Vaccination in Bombay 1913-1923 - 1913-1923
Year: 1913
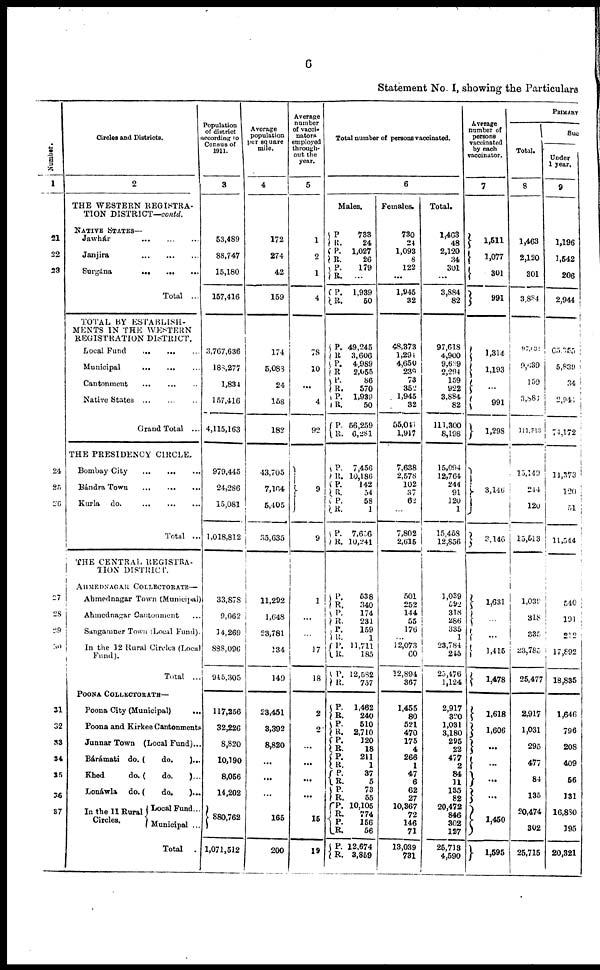
6
Statement No. I, showing the Particulars
Number.
1
21
22
23
24
25
26
27
28
29
30
31
32
33
34
35
36
37
Circles and Districts.
2
THE WESTERN REGISTRA¬
TION DISTRICT—contd.
Jawhár
...
...
...
Janjira
...
...
...
Surgána
...
...
...
Total ...
TOTAL BY ESTABLISH¬
MENTS IN THE WESTERN
REGISTRATION DISTRICT.
Local Fund
...
...
...
Municipal
...
...
...
Cantonment
...
...
...
Native States ...
Grand Total ...
THE PRESIDENCY CIRCLE.
Bombay City
...
...
...
Bándra Town
...
...
...
Kurla
do.
...
...
...
Total ...
THE CENTRAL REGISTRA-
TION DISTRICT.
AHMEDNAGAR COLLECTORATE—
Ahmednagar Town (Municipal)
Ahmednagar Cantonment ...
Sangamner Town (Local Fund).
In the 12 Rural Circles (Local
Fund).
Total ...
POONA COLLECTORATE—
Poona City (Municipal)
...
Poona and Kirkee Cantonments ...
Junnar Town (Local Fund)...
Bárámati do. (
do.
)...
Khed
do. (
do.
)...
Lonáwla
do. (
do.
)...
In the 11 Rural
Circles.
Local Fund...
Municipal ...
Total .
Population
of district
according to
Census of
1911.
3
53,489
88,747
15,180
157,416
3,767,636
188,277
1,834
1 57,416
4,115,163
979,445
24,286
15,081
1,018,812
33,878
9,062
14,269
888,096
945,305
117,256
32,226
8,820
10,190
8,056
14,202
880,762
1,071,512
Average
population
per square
mile.
4
172
274
42
159
174
5,083
24
158
182
43,705
7,164
5,405
35,635
11,292
1,648
23,781
134
149
23,451
3,392
8,820
...
...
...
165
200
Average
number
of vacci¬
nators
employed
through-
out the
year.
5
1
2
1
4
78
10
...
4
92
9
9
1
...
...
...
18
2
2
...
...
...
...
15
19
Total number of persons vaccinated.
6
Males.
P.
R. P.
R.
P.
R.
P.
R.
P.
R.
P.
R.
P.
R.
P.
R.
P.
R.
P.
R.
P. R.
P.
R.
P.
R.
P.
R.
P.
R.
P.
R.
P.
R.
P.
R.
P.
R.
P. R.
P.
R.
P. R.
P.
R.
P.
R.
P.
R.
P.
R.
P.
R.
733
24
1,027
26
179
...
1,939
50
49,245
3,606
4,989
2,055
86
570
1,939
50
56,259
6,281
7,456
10,186
142
54
58
1
7,656
10,241
538
340
174
231
159
1
11,711
185
12,582
757
1,462
240
510
2,710
120
18
211
1
37
5
73
55
10,105
774
156
56
12,674
3,859
Females.
730
24
1,093
8
122
...
1,945
32
48,373
1,294
4,650
239
73
852
1,945
32
55,041
1,917
7,638
2,578
102
37
62
...
7,802
2,615
501
252
144
55
176
...
12,073
60
12,894
367
1,455
80
521
470
175
4
266
1
47
6
62
27
10,367
72
146
71
13,039
731
Total.
1,463
48
2,120
34
301
...
3,884
82
97,618
4,900
9,639
2,294
159
922
3,884
82
111,300
8,198
15,094
12,764
244
91
120
1
15,458
12,856
1,039
592
318
286
335
1
23,784
245
25,476
1,124
2,917
320
1,031
3,180
295
22
477
2
84
11
135
82
20,472
846
302
127
25,713
4,590
Average
number of
persons
vaccinated
by each
vaccinator.
7
1,511
1,077
301
991
1,314
1,193
...
991
1,298
3,146
3,146
1,631
...
1
1,415
1,478
1,618
1,606
...
...
...
...
1,450
1,595
PRIMARY
Total.
8
1,463
2,120
301
3,884
97,635
9,639
159
3,884
111,313
15,149
244
120
15,513
1,039
318
335
23,785
25,477
2,917
1,031
295
477
84
135
20,474
302
25,715
Suc
Under
1 year.
9
1,196
1,542
206
2,944
65,355
5,839
34
2,941
74,172
11,373
120
51
11,544
540
191
212
17,892
18,835
1,646
796
208
409
56
131
16,850
195
20,321